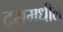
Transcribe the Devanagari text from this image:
दरामधील